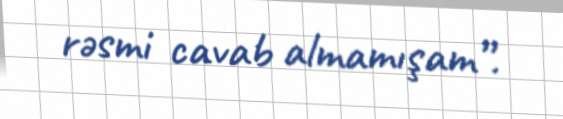
rəsmi cavab almamışam”.